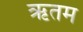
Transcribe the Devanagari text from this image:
ऋतम